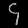
Digit: ၄